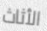
الأثاث